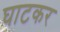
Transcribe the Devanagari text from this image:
घाटकर